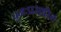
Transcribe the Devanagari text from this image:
पुनःप्रसारित